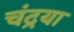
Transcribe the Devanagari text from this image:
चंद्रया